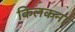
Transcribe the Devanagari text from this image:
किलकना